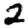
Digit: 2